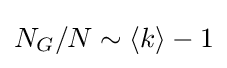
{N_{G}/N\sim \left\langle k\right\rangle -1}